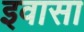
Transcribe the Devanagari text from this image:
इवासा